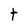
Character: t